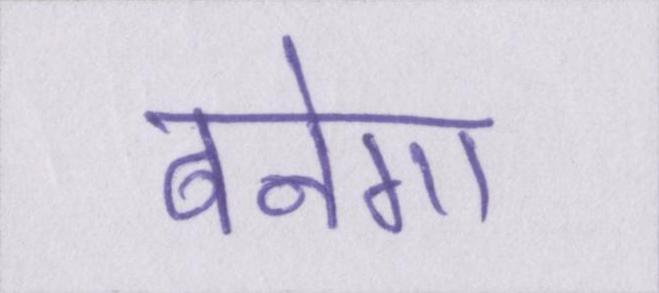
बनेगा